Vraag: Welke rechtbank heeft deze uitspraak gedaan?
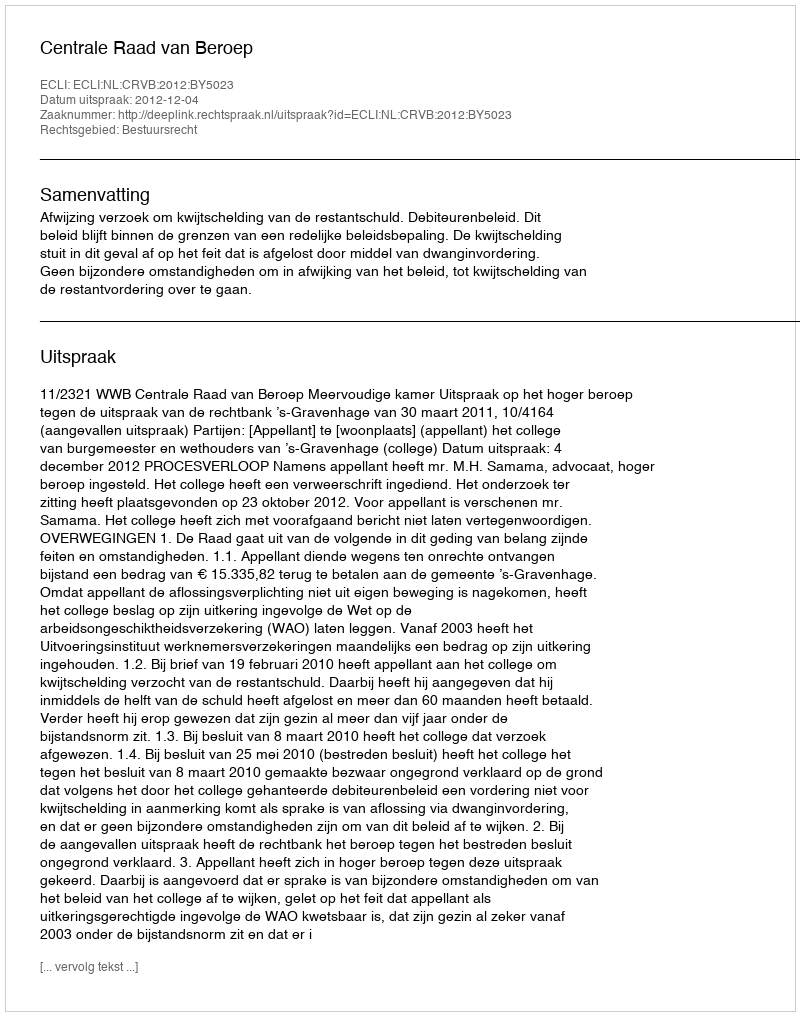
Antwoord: Centrale Raad van Beroep